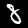
Digit: 8